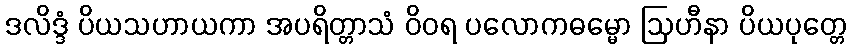
ဒလိဒ္ဒံ ပိယသဟာယကာ အပရိတ္တာသံ ဝိဝရ ပလောကဓမ္မော ဩဟီနာ ပိယပုတ္တေ